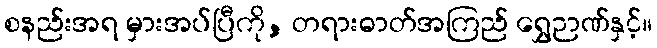
စနည်းအရ မှားအပ်ပြီကို, တရားဓာတ်အကြည် ရွှေဉာဏ်နှင့်။